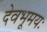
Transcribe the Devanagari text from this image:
देवभूमयः